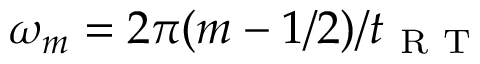
\omega _ { m } = 2 \pi ( m - 1 / 2 ) / { t _ { \mathrm { ~ R ~ T ~ } } }